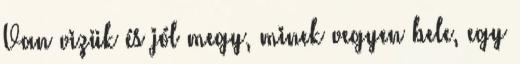
Van vizük és jól megy, minek vegyen bele, egy